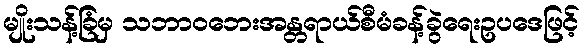
မျိုးသန့်ခြံမှ သဘာဝဘေးအန္တရာယ်စီမံခန့်ခွဲရေးဥပဒေဖြင့်